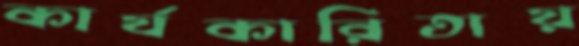
কার্যকারিতায়